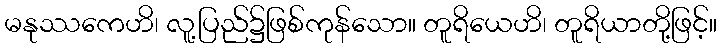
မနုဿကေဟိ၊ လူ့ပြည်၌ဖြစ်ကုန်သော။ တူရိယေဟိ၊ တူရိယာတို့ဖြင့်။